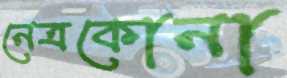
নেত্রকোনা